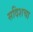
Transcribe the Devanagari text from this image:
सदिशचा